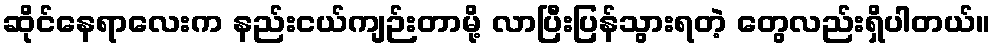
ဆိုင်နေရာလေးက နည်းငယ်ကျဉ်းတာမို့ လာပြီးပြန်သွားရတဲ့ တွေလည်းရှိပါတယ်။